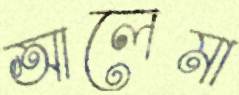
আলেমা